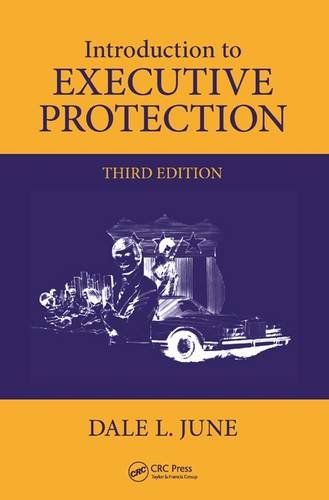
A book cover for Introduction to Executive Protection, Third Edition; Dale L. June; Law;